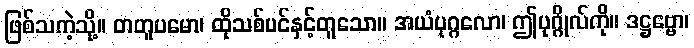
ဖြစ်သကဲ့သို့။ တတူပမော၊ ထိုသစ်ပင်နှင့်တူသော။ အယံပုဂ္ဂလော၊ ဤပုဂ္ဂိုလ်ကို။ ဒဋ္ဌဗ္ဗော၊